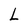
Character: L